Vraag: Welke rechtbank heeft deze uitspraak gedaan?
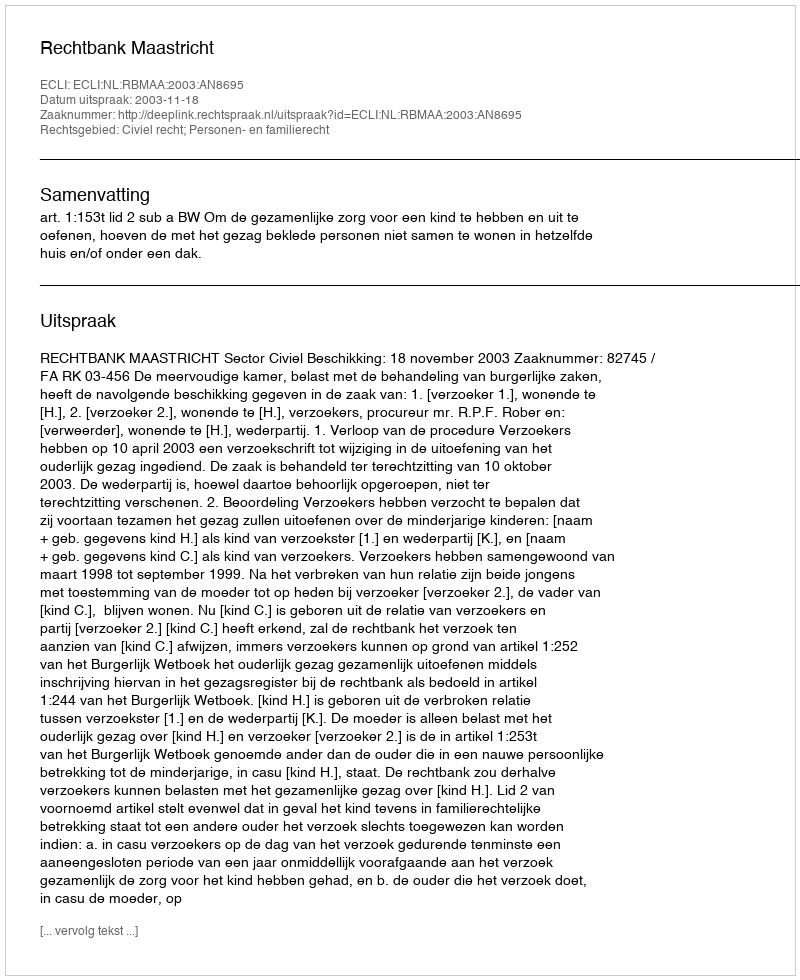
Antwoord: Rechtbank Maastricht